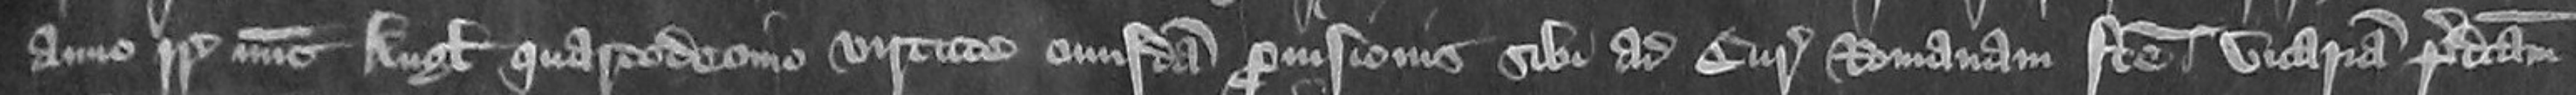
anno regni Regis nunc Anglie quartodecimo virtute cuiusdam provisionis sibi ad Curiam Romanam facte vicariam predictam